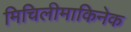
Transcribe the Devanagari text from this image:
मिचिलीमाकिनेक